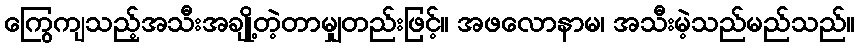
ကြွေကျသည့်အသီးအချို့တဲ့တာမျှတည်းဖြင့်။ အဖလောနာမ၊ အသီးမဲ့သည်မည်သည်။